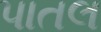
પાતલ